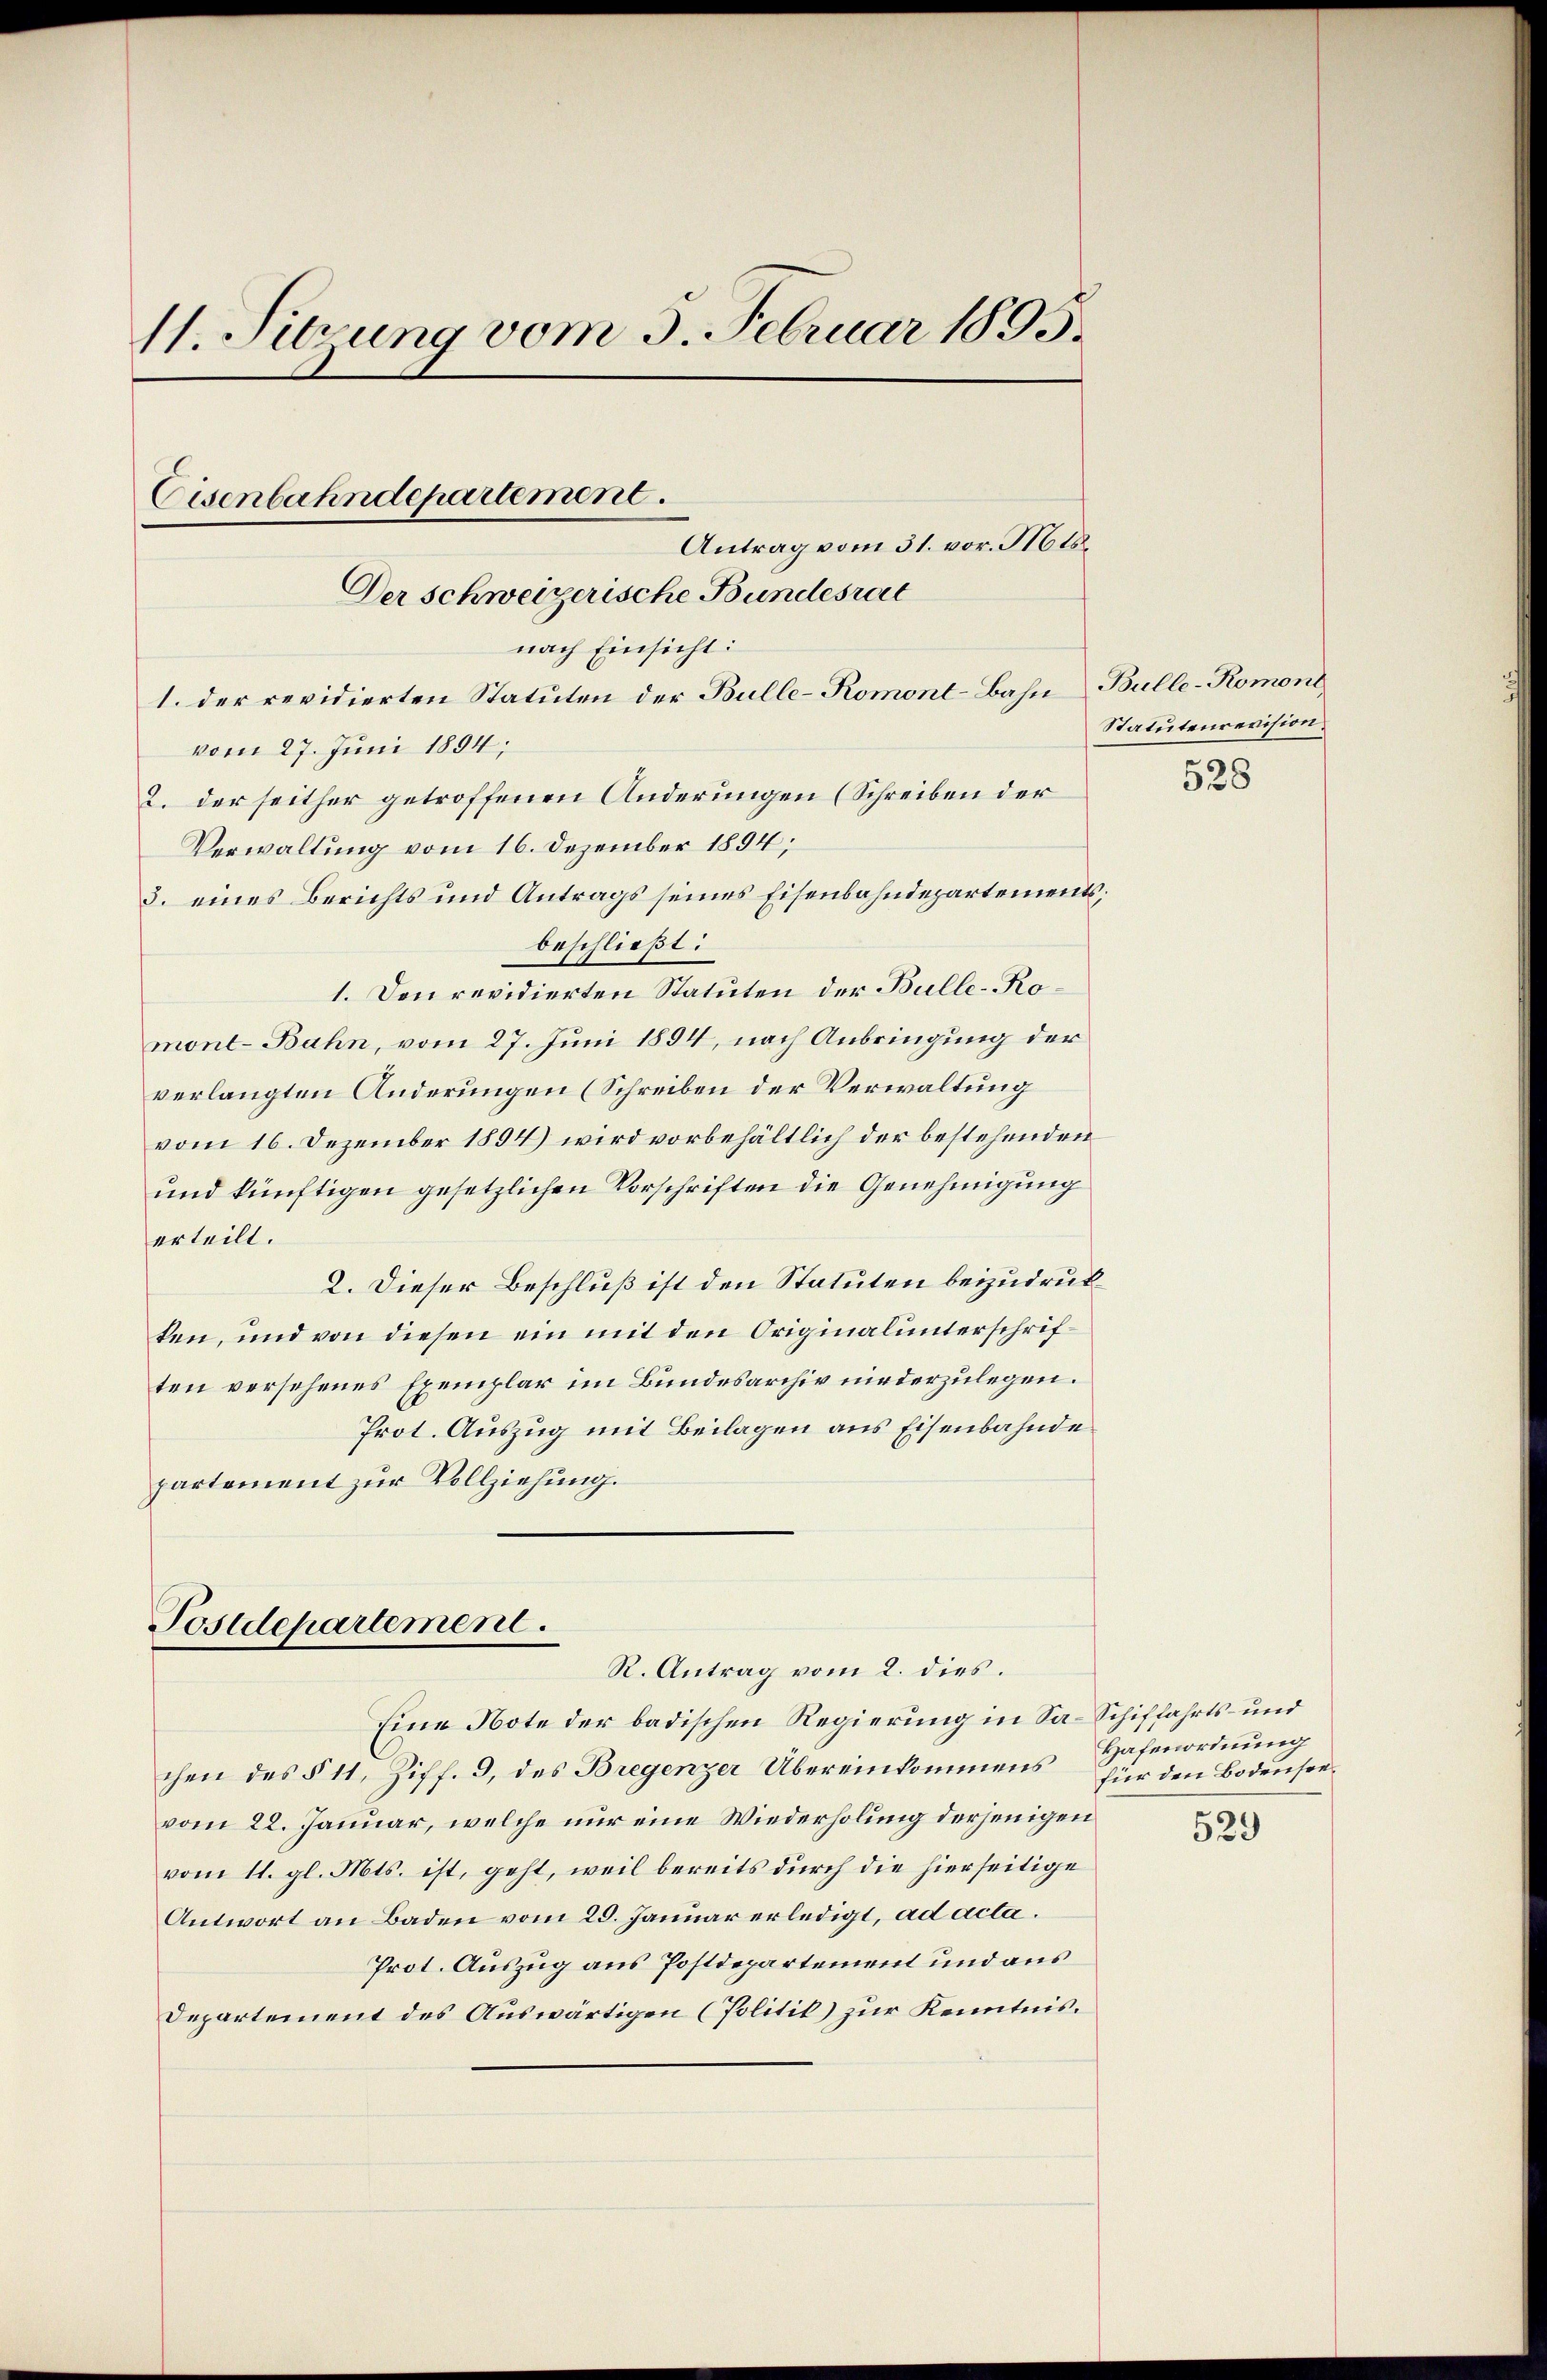
1. Sitzung vom 3. Februar 1895.
Cisenbahndepartement.
Antrag vom 31. vor. Mts.
Der schweizerische Bundesrat

nach Einsicht:
1. der revidierten Statuten der Bulle-Romont-Bahn Bulle-Romont
vom 27. Juni 1894;
2. der seither getroffenen Änderungen (Schreiben der
Verwaltung vom 16. Dezember 1894;
3. eines Berichts und Antrags seines Eisenbahndepartements,
beschließt:
1. Den revidierten Statuten der Bulle-Romont-Bahn, vom 27. Juni 1894, nach Anbringung der
verlangten Änderungen (Schreiben der Verwaltung
vom 16. Dezember 1894) wird vorbehältlich der bestehenden
und künftigen gesetzlichen Vorschriften die Genehmigung
erteilt.
2. Dieser Beschluß ist den Statuten beizudrukken, und von diesen ein mit den Originalunterschriften versehenes Exemplar im Bundesarchiv niederzulegen.
Prot. Auszug mit Beilagen aus Eisenbahnde.
partement zur Vollziehung.

Postdepartement.
R. Antrag vom 2. dies.

Eine Note der badischen Regierung in Sa-Schiffahrts- und
chen des § 11, Ziff. 9, des Bregenzer Übereinkommens Hafenordnung
vom 22. Januar, welche nur eine Wiederholung derjenigen
vom 11. gl. Mts. ist, geht, weil bereits durch die hierseitige
Antwort an Baden vom 29. Januar erledigt, ad acta.
Prot. Auszug aus Postdepartement und aus
Departement des Auswärtigen (Politik) zur Kenntnis.

Statutenrevision.

528

für den Bodensee¬
529